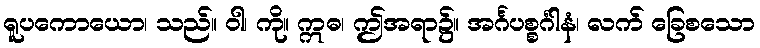
ရူပကောယော၊ သည်။ ဝါ၊ ကို။ ဣဓ၊ ဤအရာ၌။ အင်္ဂပစ္စင်္ဂါနံ၊ လက် ခြေစသော